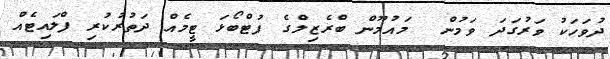
ދުވަހަކު ވަރުގަދަ ވަމުން  މައުމޫން ބްރެޒިލްގެ ފުޓްބޯޅަ ޓީމެއް ދަތުރުކުރި ފްލައިޓެއް